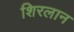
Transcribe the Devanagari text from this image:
शिरलान